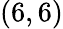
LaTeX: (6,6)